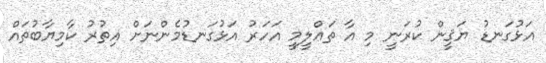
އަޅުގަނޑު ޔަޤީން ކުރަނީ މި އާ ތަޢްލީމީ އަހަރު އަޅުގަނޑުމެންނަށް އިތުރު ކާމިޔާބުތައް